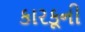
કારકૂની